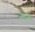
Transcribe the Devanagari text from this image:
करू